Preliminary report on the killing of rats and rat fleas by hydrocyanic acid gas - Number 38
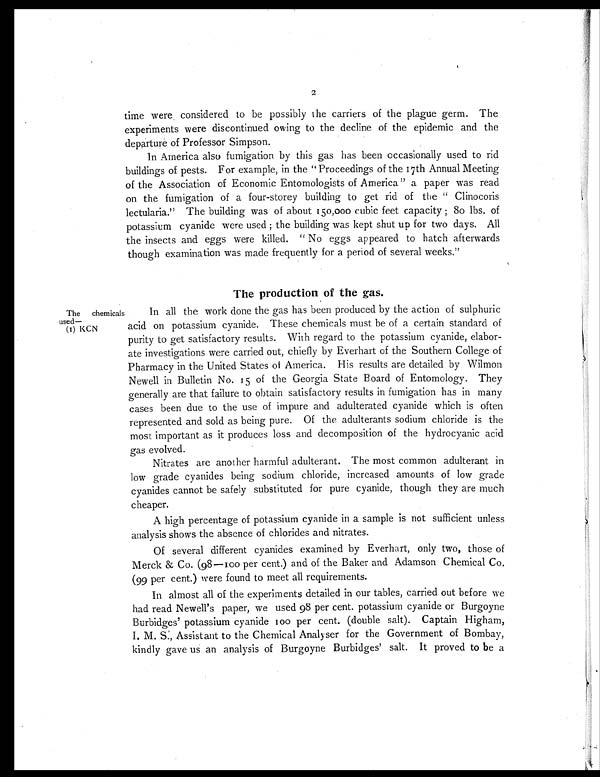
time were considered to be possibly the carriers of the plague germ. The
experiments were discontinued owing to the decline of the epidemic and the
departure of Professor Simpson.
In America also fumigation by this gas has been occasionally used to rid
buildings of pests. For example, in the "Proceedings of the 17th Annual Meeting
of the Association of Economic Entomologists of America" a paper was read
on the fumigation of a four-storey building to get rid of the " Clinocoris
lectularia." The building was of about 150,000 cubic feet capacity ; 80 lbs. of
potassium cyanide were used ; the building was kept shut up for two days. All
the insects and eggs were killed. " No eggs appeared to hatch afterwards
though examination was made frequently for a period of several weeks."
The chemicals
used—
(1) KCN
The production of the gas.
In all the work done the gas has been produced by the action of sulphuric
acid on potassium cyanide. These chemicals must be of a certain standard of
purity to get satisfactory results. With regard to the potassium cyanide, elabor-
ate investigations were carried out, chiefly by Everhart of the Southern College of
Pharmacy in the United States of America. His results are detailed by Wilmon
Newell in Bulletin No. 15 of the Georgia State Board of Entomology. They
generally are that failure to obtain satisfactory results in fumigation has in many
cases been due to the use of impure and adulterated cyanide which is often
represented and sold as being pure. Of the adulterants sodium chloride is the
most important as it produces loss and decomposition of the hydrocyanic acid
gas evolved.
Nitrates are another harmful adulterant. The most common adulterant in
low grade cyanides being sodium chloride, increased amounts of low grade
cyanides cannot be safely substituted for pure cyanide, though they are much
cheaper.
A high percentage of potassium cyanide in a sample is not sufficient unless
analysis shows the absence of chlorides and nitrates.
Of several different cyanides examined by Everhart, only two, those of
Merck & Co. (98—100 per cent.) and of the Baker and Adamson Chemical Co.
(99 per cent.) were found to meet all requirements.
In almost all of the experiments detailed in our tables, carried out before we
had read Newell's paper, we used 98 per cent. potassium cyanide or Burgoyne
Burbidges' potassium cyanide 100 per cent. (double salt). Captain Higham,
I.M.S., Assistant to the Chemical Analyser for the Government of Bombay,
kindly gave us an analysis of Burgoyne Burbidges' salt. It proved to be a